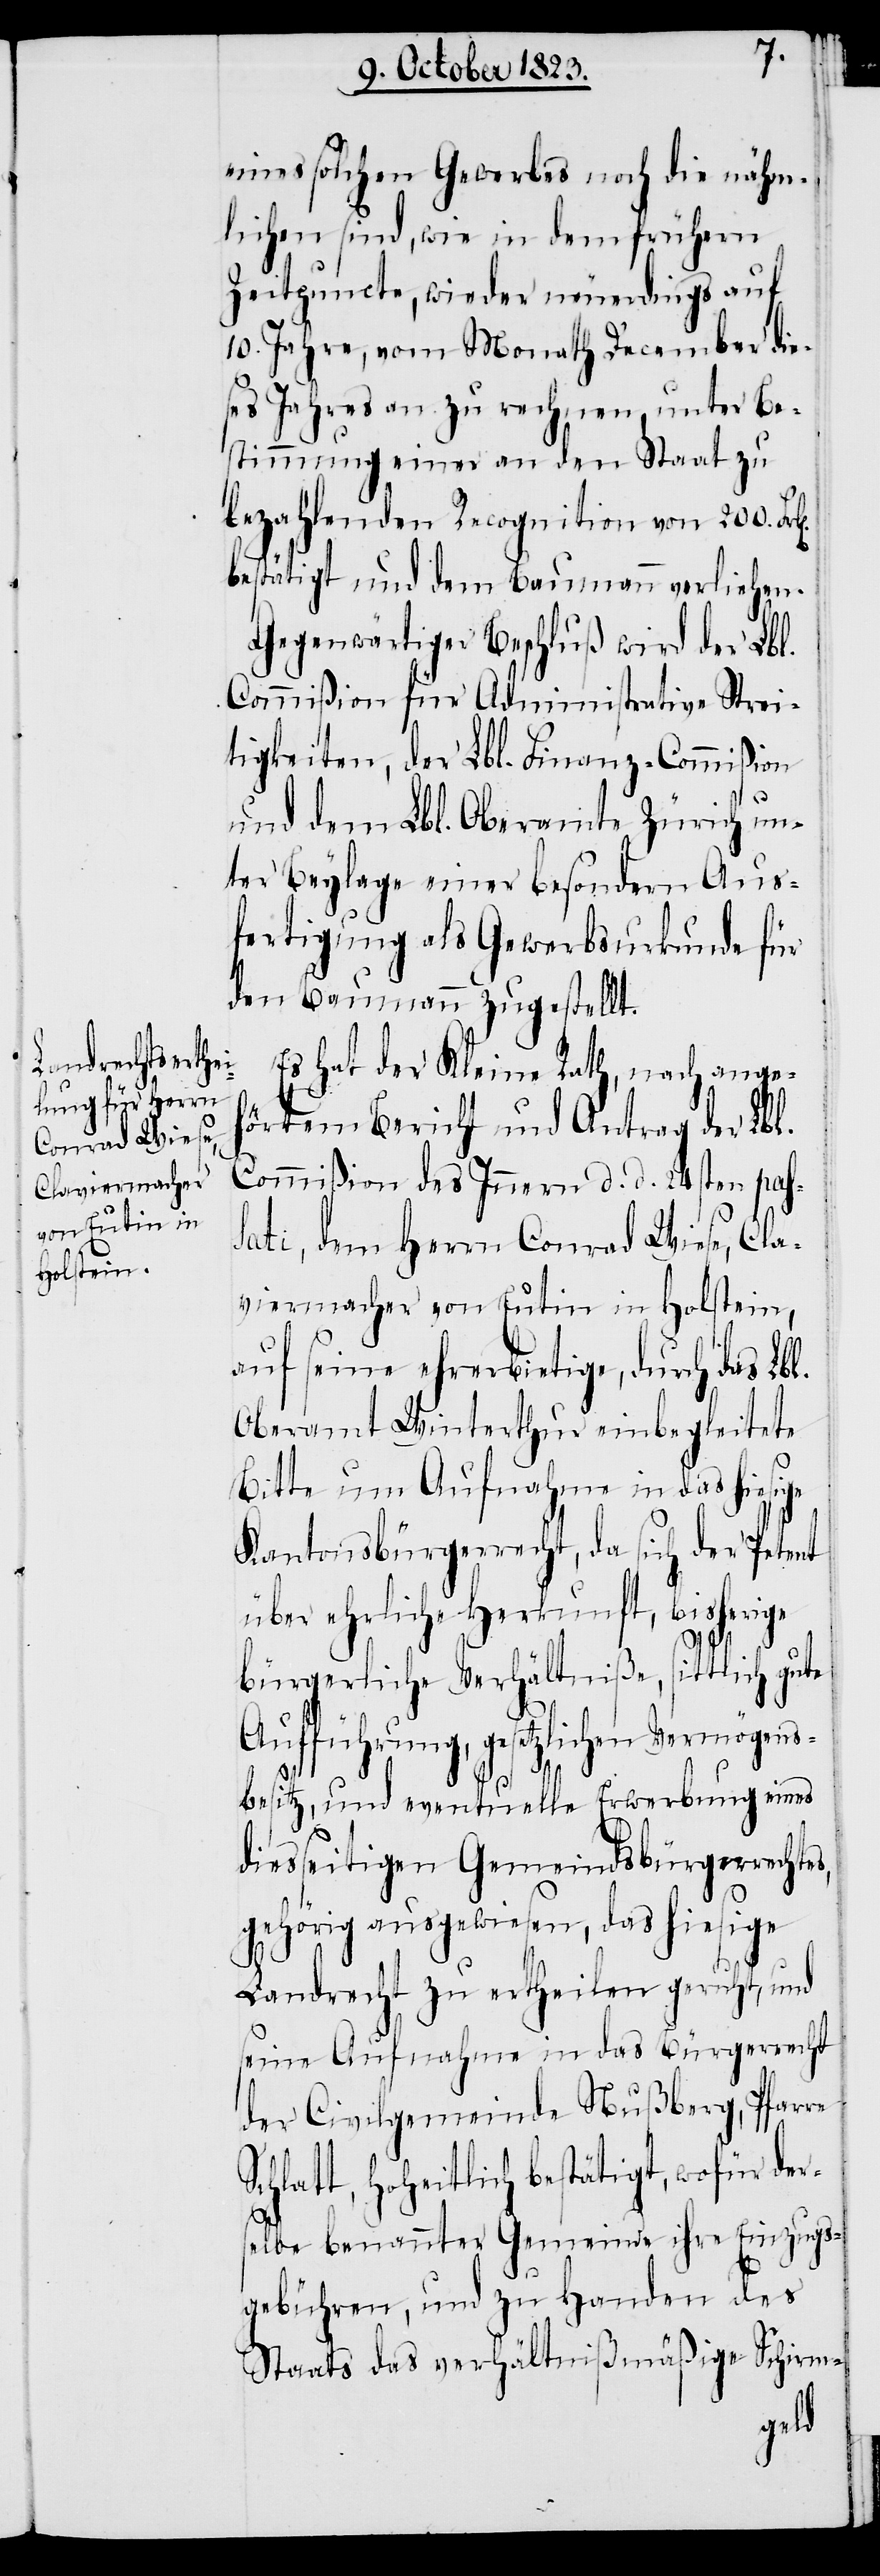
l.
eines solchen Gewerbes noch die nähm¬
lichen sind, wie in dem frühern
Zeitpuncte, wieder neuerdings auf
10. Jahre, vom Monath December die¬
ses Jahres an zu rechnen, unter Be¬
stimmung einer an den Staat zu
bezahlenden Recognition von 200.
bestätigt und dem Baumann verliehen.
Gegenwärtiger Beschluß wird der Lbl.
Commißion für Administrative Strei¬
tigkeiten, der Lbl. Finanz-Commißion
und dem Lbl. Oberamte Zürich un¬
ter Beylage einer besondern Aus¬
fertigung als Gewerbsurkunde für
den Bauman zugestellt.
Es hat der Kleine Rath, nach angeh¬
örtem Bericht und Antrag der Lbl.
Commißion des Innern d. d. 24sten pas¬
sati, dem Herrn Conrad Wiese, Cla¬
viermacher von Eutin in Holstein,
auf seine ehrerbietige, durch das Lb¬
Oberamt Winterthur einbegleitete
Bitte um Aufnahme in das hiesige
Kantonsbürgerrecht, da sich der Petent
über ehrliche Herkunft, bisherige
bürgerliche Verhältniße, sittlich gute
Aufführung, gesetzlichen Vermögens¬
besitz, und eventuelle Erwerbung eines
diesseitigen Gemeindsbürgerrechtes,
gehörig ausgewiesen, das hiesige
Landrecht zu ertheilen geruht, und
seine Aufnahme in das Bürgerrecht
der Civilgemeinde Nußberg, Pfarre
Schlatt, hoheitlich bestätigt, wofür der¬
selbe benannter Gemeinde ihre Einzugs¬
gebühren, und zu Handen des
Staats das verhältnißmäßige Schirm-